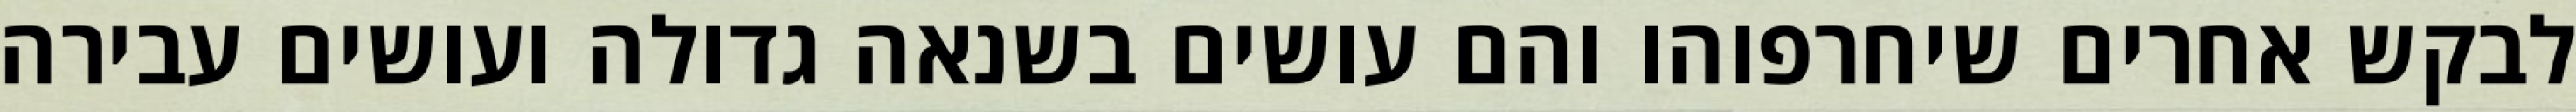
לבקש אחרים שיחרפוהו והם עושים בשנאה גדולה ועושים עבירה